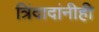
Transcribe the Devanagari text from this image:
त्रिंदादांनीही